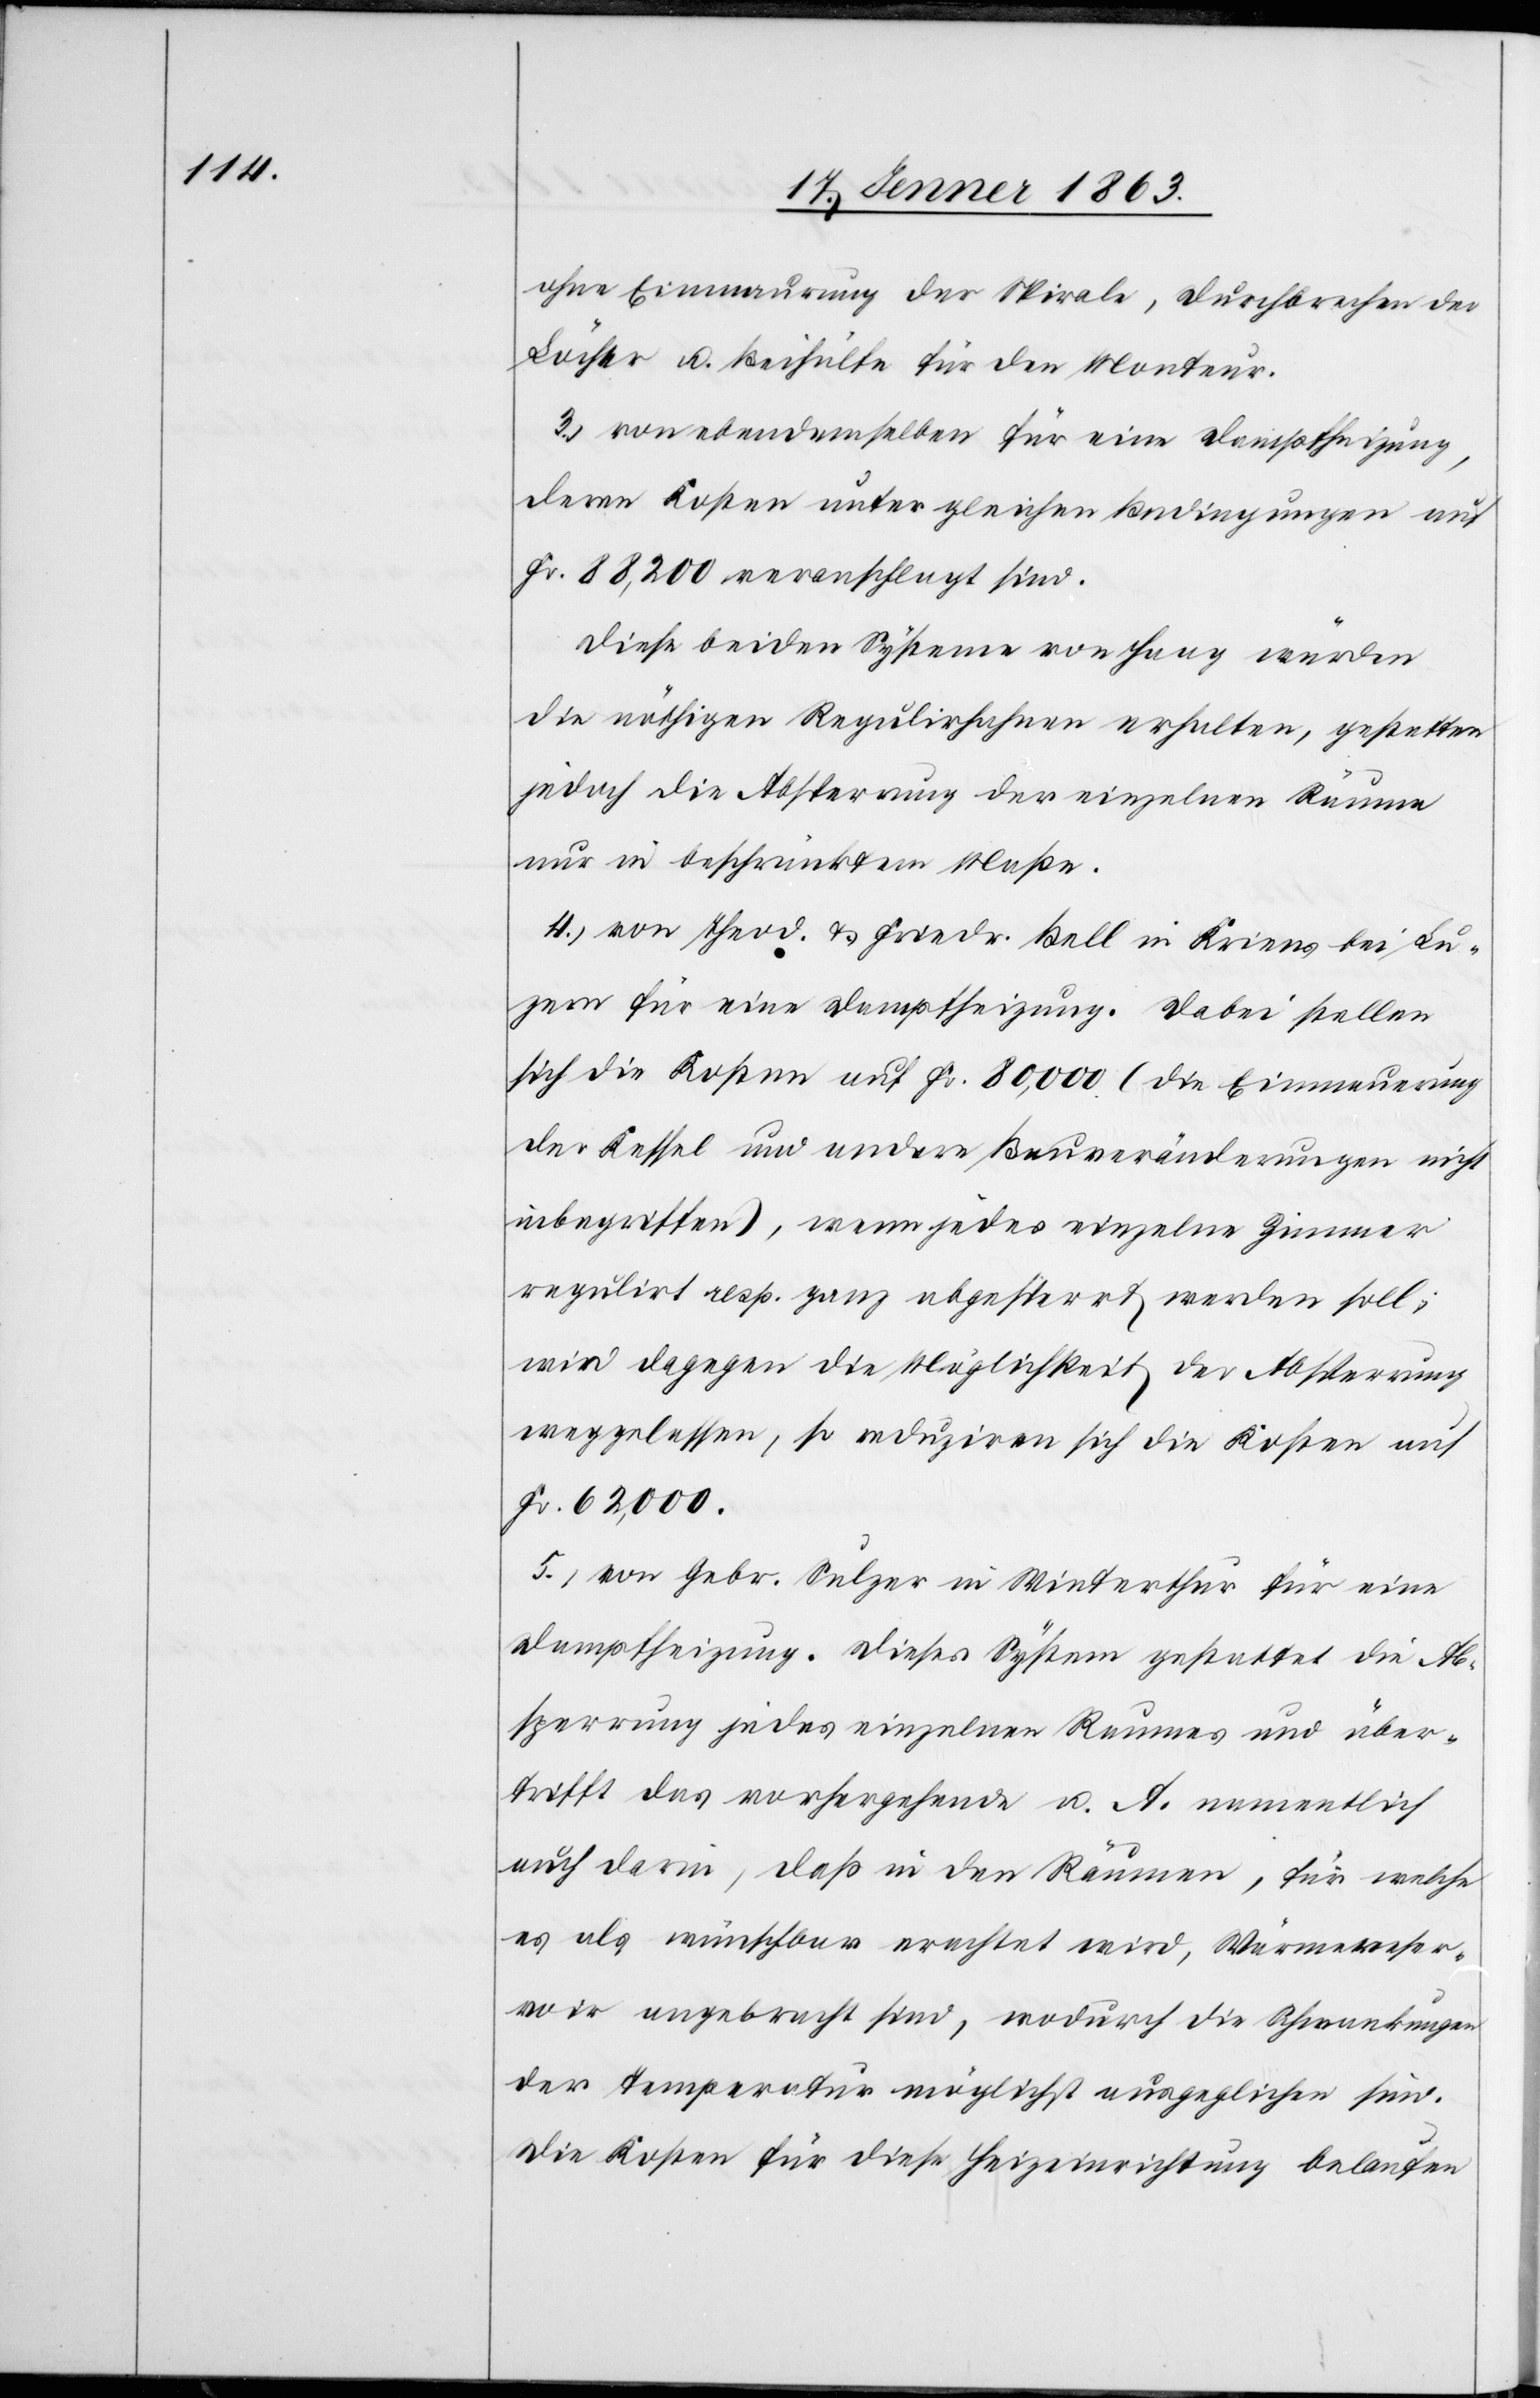
ohne Einmaurung der Spirale, Durchbrechen der
Löcher u. Beihülfe für den Monteur.
3.) von ebendemselben für eine Dampfheizung,
deren Kosten unter gleichen Bedingungen auf
Fr. 88,200 veranschlagt sind.
Diese beiden Systeme von Haag würden
die nöthigen Regulirhahnen erhalten, gestatten
jedoch die Absperrung der einzelnen Räume
nur in beschränktem Maße.
4.) von Theod. & Friedr. Bell in Kriens bei Lu¬
zern für eine Dampfheizung. Dabei stellen
sich die Kosten auf Fr. 80,000 (die Einmauerung
der Kessel und andere Bauveränderungen nicht
inbegriffen), wenn jedes einzelne Zimmer
regulirt resp. ganz abgesperrt werden soll;
wird dagegen die Möglichkeit der Absperrung
weggelassen, so reduziren sich die Kosten auf
Fr. 62,000.
5.) von Gebr. Sulzer in Winterthur für eine
Dampfheizung. Dieses System gestattet die Ab¬
sperrung jedes einzelnen Raumes und über¬
trifft das vorhergehende u. A. namentlich
auch darin, daß in den Räumen, für welche
es als wünschbar erachtet wird, Wärmereser¬
voir angebracht sind, wodurch die Schwankungen
der Temperatur möglichst ausgeglichen sind.
Die Kosten für diese Heizeinrichtung belaufen